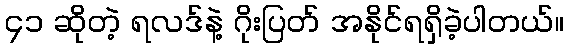
၄၁ ဆိုတဲ့ ရလဒ်နဲ့ ဂိုးပြတ် အနိုင်ရရှိခဲ့ပါတယ်။